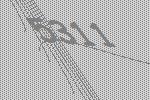
5311